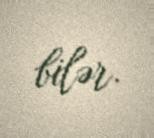
bilər.